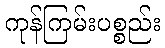
ကုန်ကြမ်းပစ္စည်း